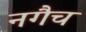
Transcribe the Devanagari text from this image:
नगैच